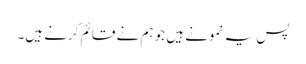
پس یہ نمونے ہیں جو ہم نے قائم کرنے ہیں۔